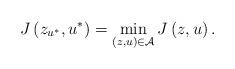
LaTeX: \begin{align*}J\left( z_{u^{\ast}},u^{\ast}\right) =\min_{\left( z,u\right)\in\mathcal{A}}J\left( z,u\right) . \end{align*}